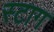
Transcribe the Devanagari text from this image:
स्टाग